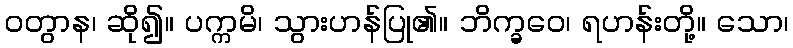
ဝတွာန၊ ဆို၍။ ပက္ကမိ၊ သွားဟန်ပြု၏။ ဘိက္ခဝေ၊ ရဟန်းတို့။ သော၊